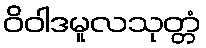
ဝိဝါဒမူလသုတ္တံ